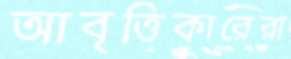
আবৃত্তিকারেরা